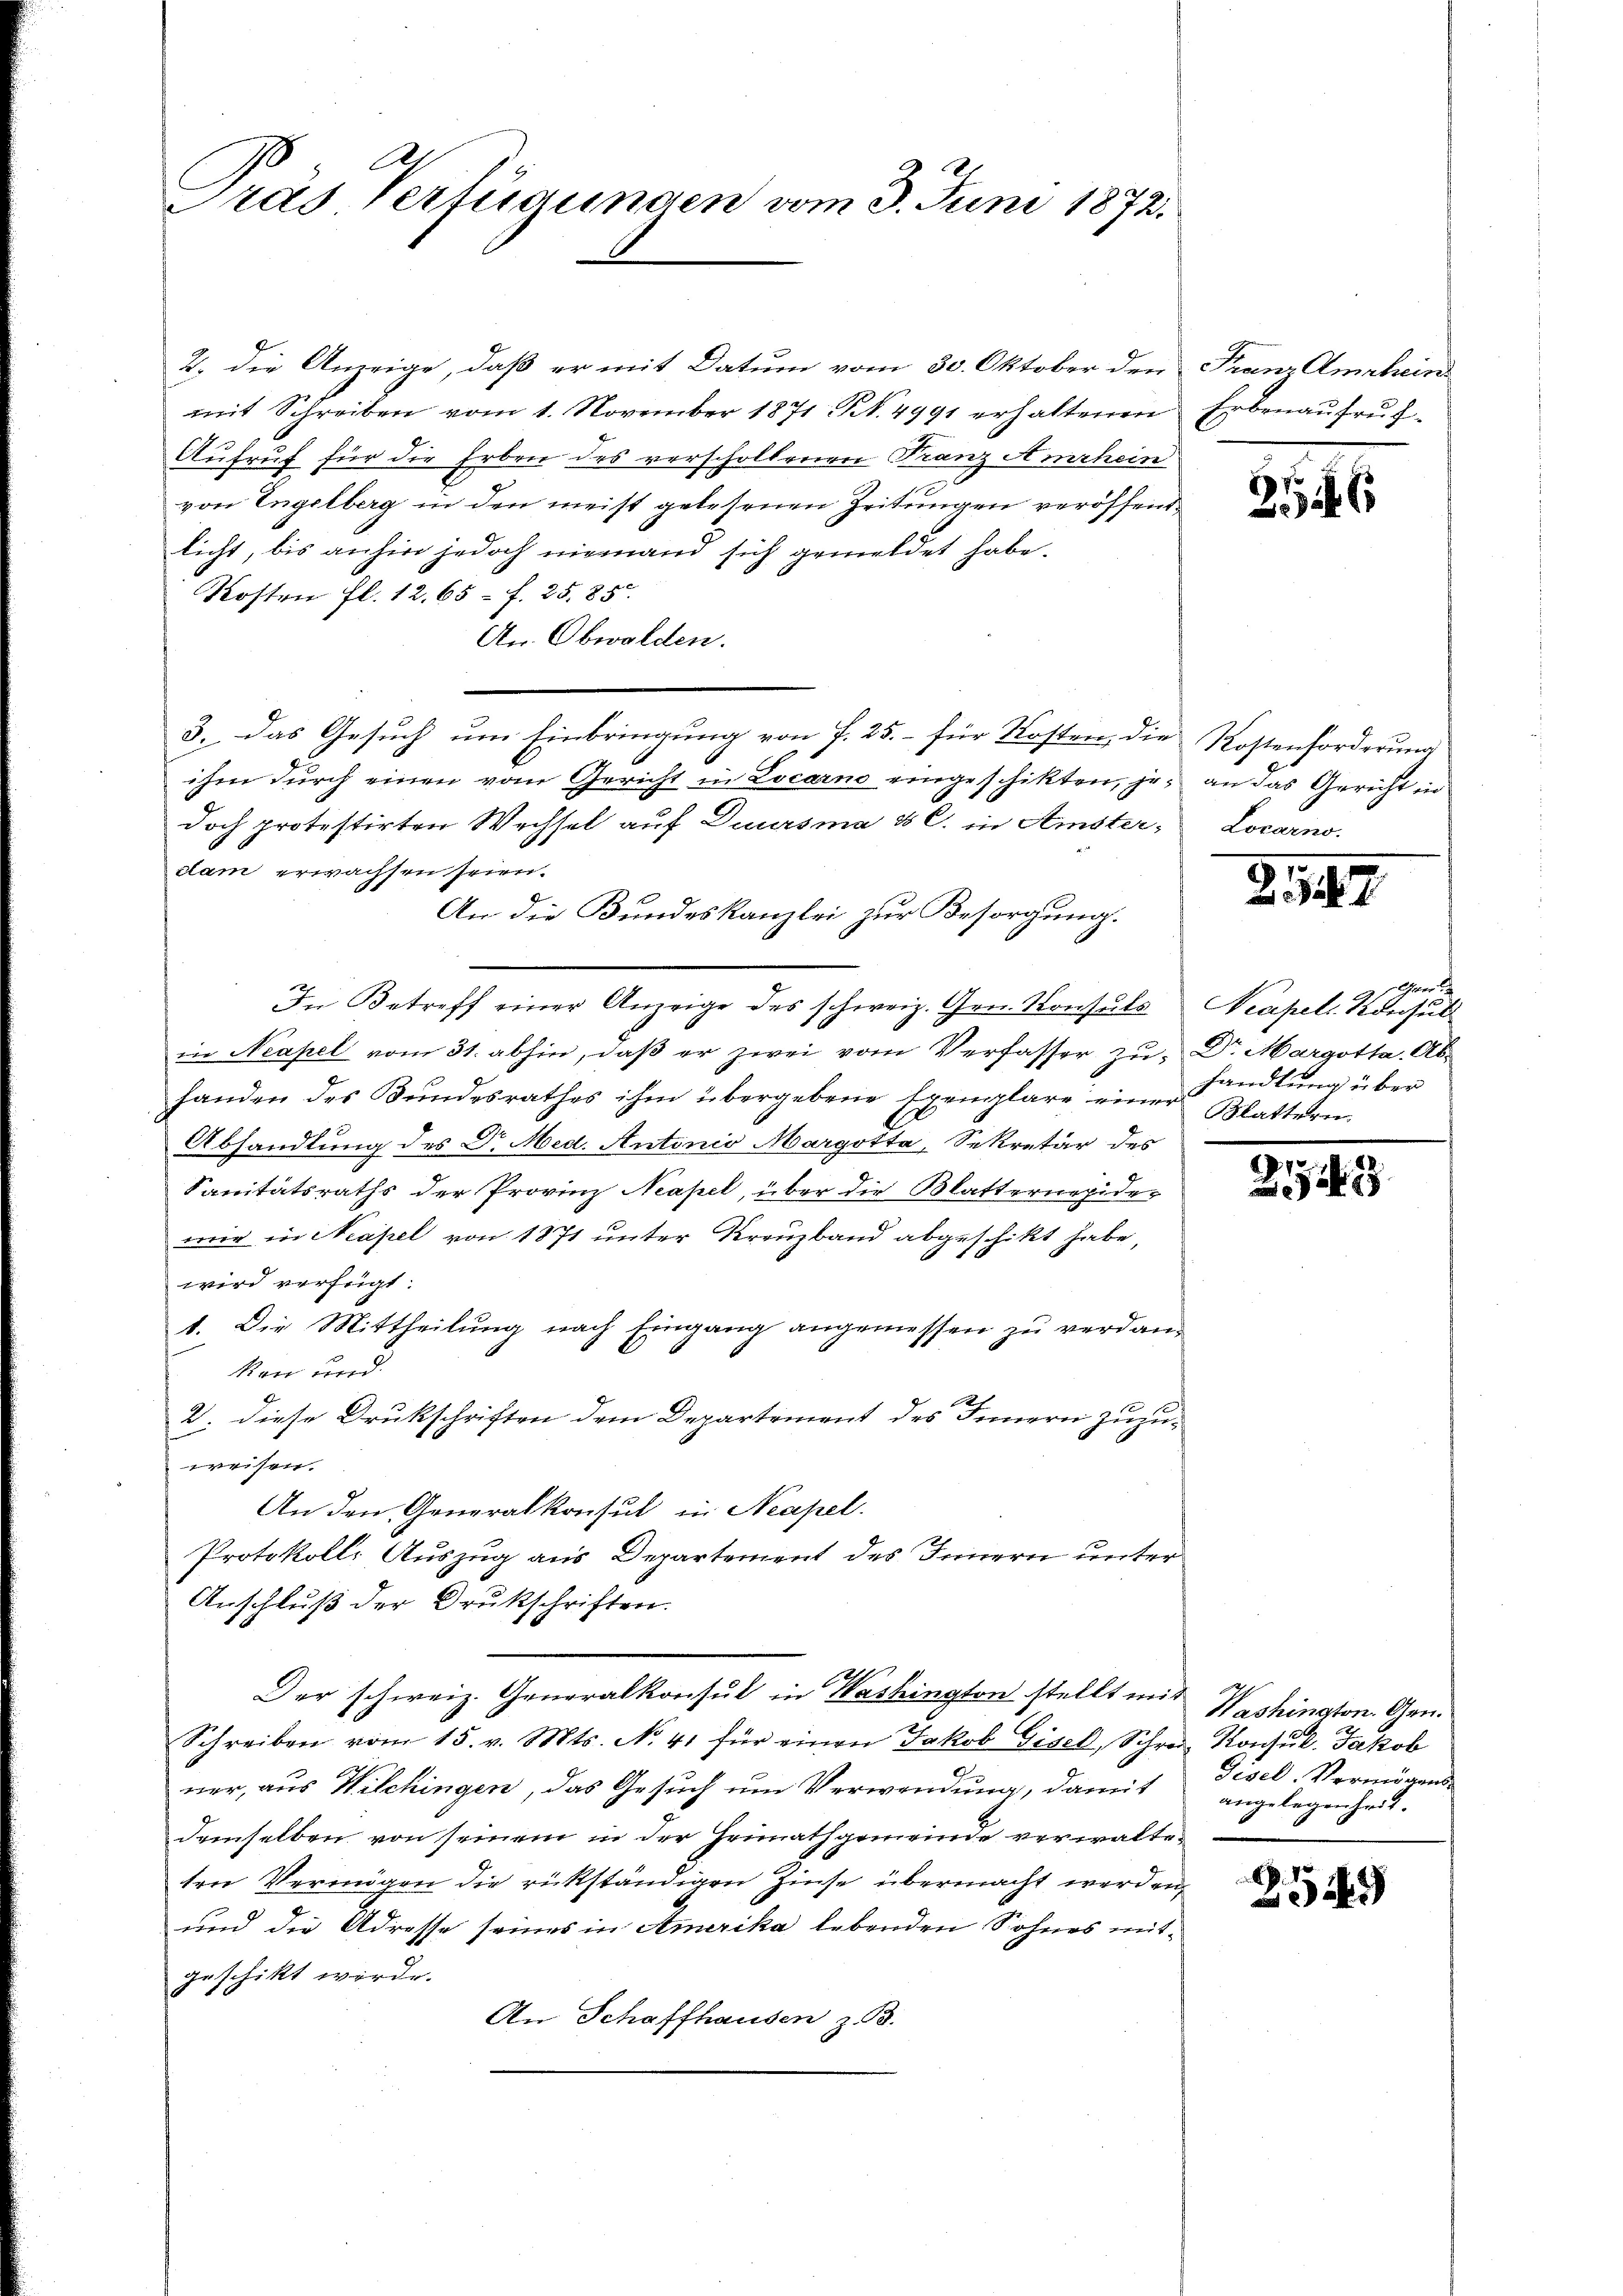
.
Pras Verfügungen vom 3. Juni 1872.

2. die Anzeige, daß er mit Datum vom 30. Oktober den Franz Amrhein
mit Schreiben vom 1. November 1871 N. 4991 erhaltenen
Aufruf für die Erben des verschollenen Franz Amrhein
von Engelberg in den meist gelesenen Zeitungen veröffend
licht, bis anhin jedoch niemand sich gemeldet habe.
Kosten fl. 12. 65 f. 25. 85.
An. Obwalden.
ihm durch einen vom Gericht in Locarno eingeschikten, je an das Gericht in
doch protestirten Wechsel auf Duursma & c. in Amster-Locarno.
dlam erwachsen seien.
An die Bundeskanzlei zur Besorgung.
In Betreff einer Anzeige des schweiz. Gen. Konsuls
in Neapel vom 31. abhin, daß er zwei vom Verfasser zu Dr. Margotta. Ab-
handen des Bŭndesrathes ihm übergebene Exemplare einer Blattern
Abhandlung des Dr. Med. Antonio Margotta, Sekretär des
Sanitätsraths der Provinz Neapel, über die Blatterneider
mir in Neapel von 1871 unter Kreuzband abgeschikt habe,
wird verfügt:
1. Die Mittheilung nach Eingang angemessen zu verdankon und
2. diese Drukschriften dem Departement des Innern zuzu-
weisen.
An den Generalkonsul in Neapel.
Protokolls Auszug aus Departement des Innern unter
Anschluß der Drukschriften.
Der schweiz. Generalkonsul in Washington stellt mit Washington. Gen.
Schreiben vom 15. v. Mts. No. 41 für einen Jakob Gisel, Schrei Konsul- Jakob
ner, aus Wilchingen, das Gesuch um Verwendung, damit
demselben von seinem in der Heimathgemeinde verwalteten Vermögen die rükständigen Zinse übermacht werden,
und die Adresse seines in Amerika lebenden Sohnes mit-
geschikt wurde.
An Schaffhausen z. 53.

3. Das Gesuch um Einbringung von f. 25. – für Kosten, die Kostenforderung

Erbenaufruf.

3546

Z.127

heer
Neapel. Konsul
handlung über

.
2

Gesel. Vermögens
angelegenheit.

.
2